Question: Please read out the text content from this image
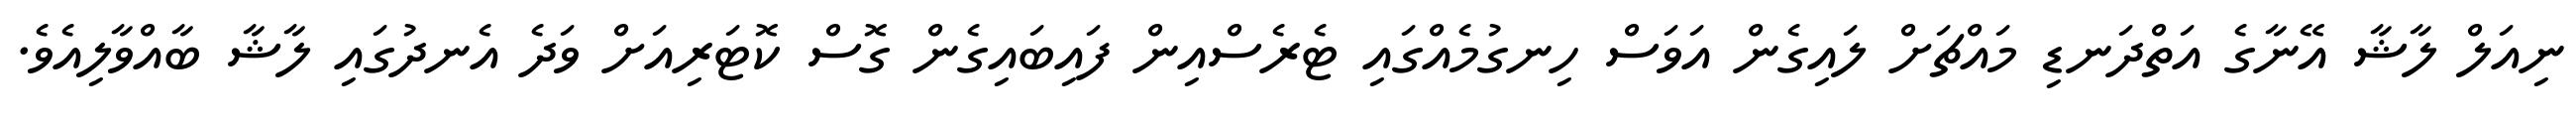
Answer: ނިއަލް ލާޝާ އޭނާގެ އަތްދަނޑި މައްޗަށް ލައިގެން އަވަސް ހިނގުމެއްގައި ޓެރެސްއިން ފައިބައިގެން ގޮސް ކޮޓަރިއަށް ވަދެ އެނދުގައި ލާޝާ ބާއްވާލިއެވެ.